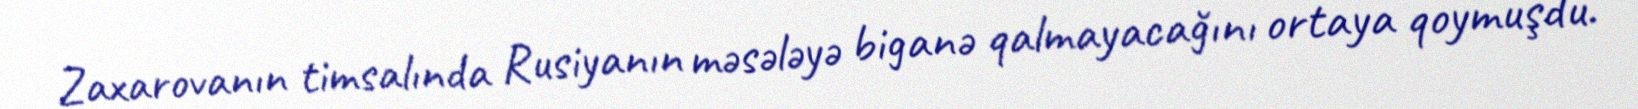
Zaxarovanın timsalında Rusiyanın məsələyə biganə qalmayacağını ortaya qoymuşdu.